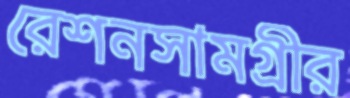
রেশনসামগ্রীর